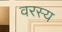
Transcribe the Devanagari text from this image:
वरस्य